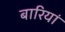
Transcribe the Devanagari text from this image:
बारियां